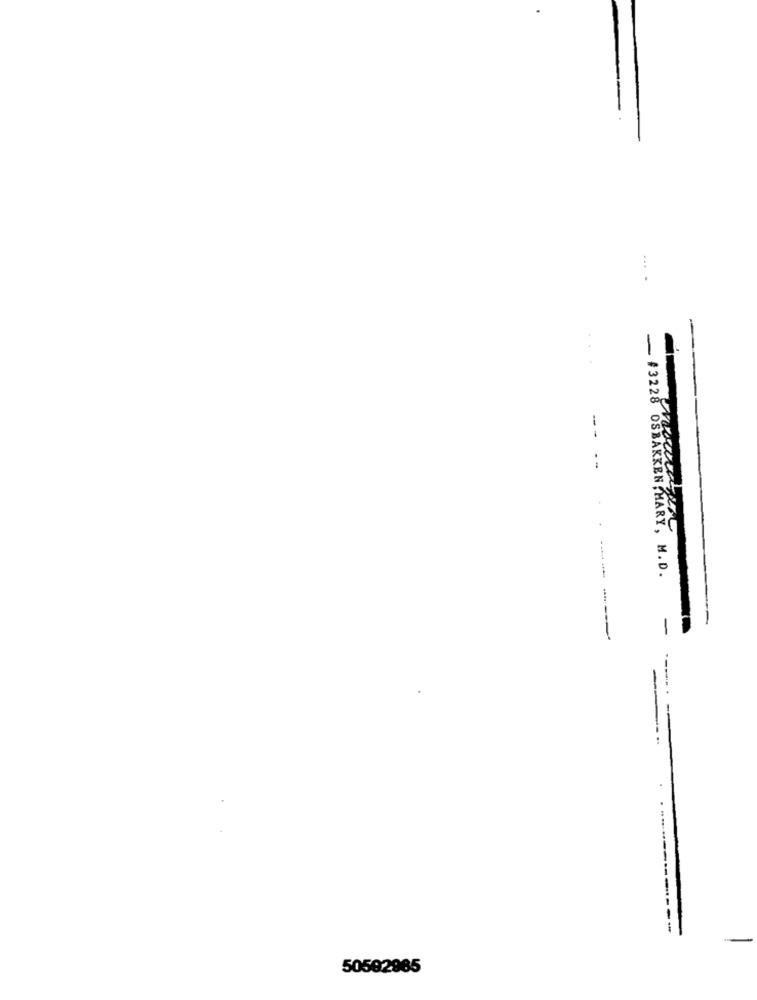
--
--
KKEN .HARY, M.D.
------
. -------
50592965